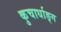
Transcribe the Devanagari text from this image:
कुचार्धाङ्ग